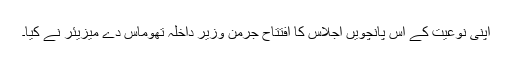
اپنی نوعیت کے اس پانچویں اجلاس کا افتتاح جرمن وزیر داخلہ تھوماس دے میزیئر نے کیا۔